Leaving Certificate Examination (including Day School Certificate (Higher) General paper), 1939
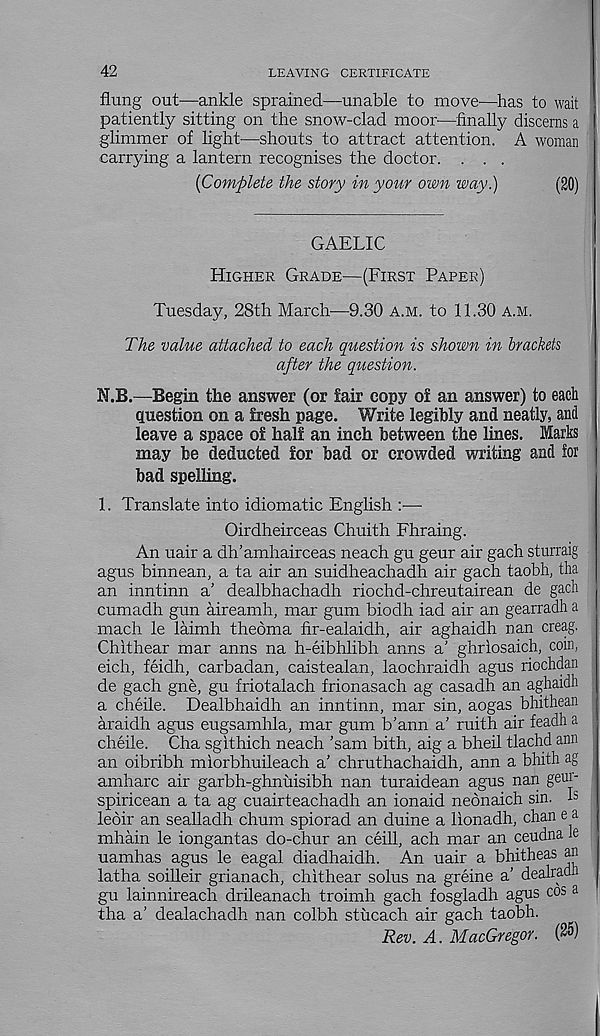
42
LEAVING CERTIFICATE
flung out—ankle sprained—unable to move'—has to wait
patiently sitting on the snow-clad moor'—finally discerns a
glimmer of light—shouts to attract attention. A woman
carrying a lantern recognises the doctor. . . .
{Complete the story in your own way.)
(20)
GAELIC
Higher Grade—(First Paper)
Tuesday, 28th March—9.30 a.m. to 11.30 a.m.
The value attached to each question is shown in brackets
after the question.
N.B.—Begin the answer (or fair copy of an answer) to each
Question on a fresh page. Write legibly and neatly, and
leave a space of half an inch between the lines. Marks
may be deducted for bad or crowded writing and for
bad spelling.
1. Translate into idiomatic English :—
Oirdheirceas Chuith Fhraing.
An uair a dh’amhairceas neach gu geur air gach sturraig
agus binnean, a ta air an suidheachadh air gach taobh, tha
an inntinn a’ dealbhachadh riochd-chreutairean de gach
cumadh gun aireamh, mar gum biodh iad air an gearradh a
mach le laimh theoma fir-ealaidh, air aghaidh nan creag.
Chithear mar anns na h-eibhlibh arms a' ghriosaich, coin,
eich, feidh, carbadan, caistealan, laochraidh agus riochdan
de gach gne, gu friotalach frionasach ag casadh an aghaidh
a cheile. Dealbhaidh an inntinn, mar sin, aogas bhithean
araidh agus eugsamhla, mar gum b’ann a’ ruith air feadh a
cheile. Cha sgithich neach ’sam bith, aig a bheil tlachd ann
an oibribh miorbhuileach a’ chruthachaidh, ann a bhith ag
amharc air garbh-ghnuisibh nan turaidean agus nan geui"
spiricean a ta ag cuairteachadh an ionaid neonaich sin. I s
leoir an sealladh chum spiorad an duine a lionadh, chan e a
mhain le iongantas do-chur an ceill, ach mar an ceudna le
uamhas agus le eagal diadhaidh. An uair a bhitheas an
latha soilleir grianach, chithear solus na greine a’ dealradn
gu lainnireach drileanach troimh gach fosgladh agus cos a
tha a' dealachadh nan colbh stucach air gach taobh.
Rev. A. MacGregor. (25)